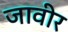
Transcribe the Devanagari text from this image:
जावीर